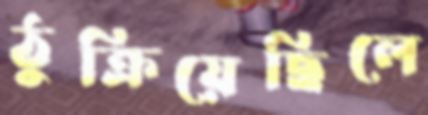
ঠুক্‌রিয়েছিলে